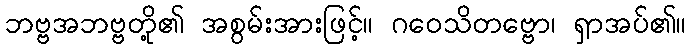
ဘဗ္ဗအဘဗ္ဗတို့၏ အစွမ်းအားဖြင့်။ ဂဝေသိတဗ္ဗော၊ ရှာအပ်၏။